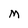
Character: M